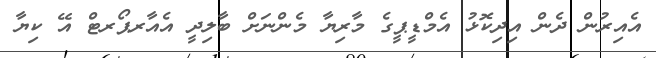
އެއިރުން ދެން އިދިކޮޅު އެމްޑީޕީގެ މާރިޔާ މެންނަށް ބާލިދީ އެއާރޕޯރޓް އޭ ކިޔާ